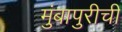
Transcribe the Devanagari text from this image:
मुंबापुरीची